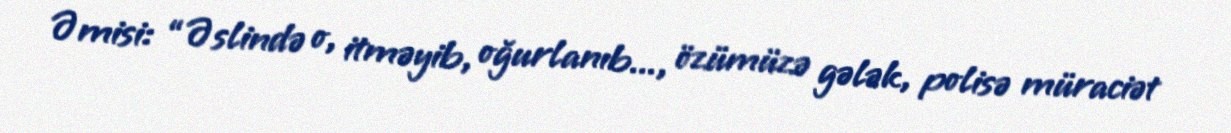
Əmisi: “Əslində o, itməyib, oğurlanıb..., özümüzə gələk, polisə müraciət